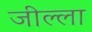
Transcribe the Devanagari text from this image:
जील्ला